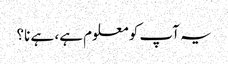
یہ آپ کو معلوم ہے، ہے نا؟